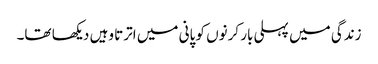
زندگی میں پہلی بار کرنوں کو پانی میں اترتا وہیں دیکھا تھا۔